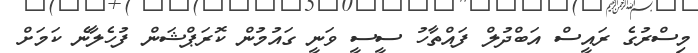
މިސްރުގެ ރައީސް އަބްދުލް ފައްތާހު ސީސީ ވަނީ ގައުމުން ކޮރަޕްޝަން ފުހެލާނެ ކަމަށް